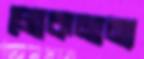
লোকমান্য